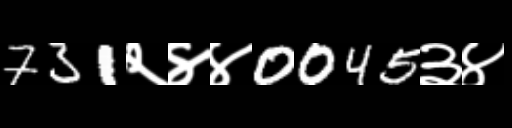
Text: 731२४४0045३४